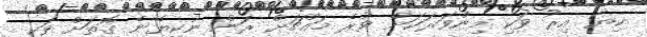
ކިޔާ އިރު ވަކި މިންވަރަކަށް ވުރެ މައްޗަށް ރަން ނުކިޔޭނެ ގޮތަށް ވަކި